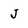
Character: J